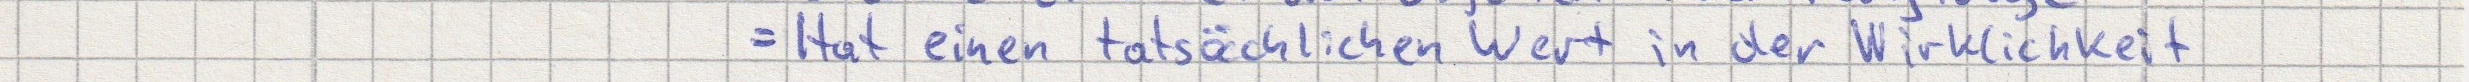
= Hat einen tatsächlichen Wert in der Wirklichkeit